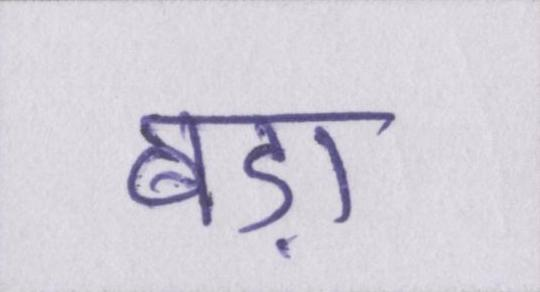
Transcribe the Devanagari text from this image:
बड़ा